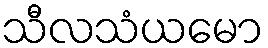
သီလသံယမော